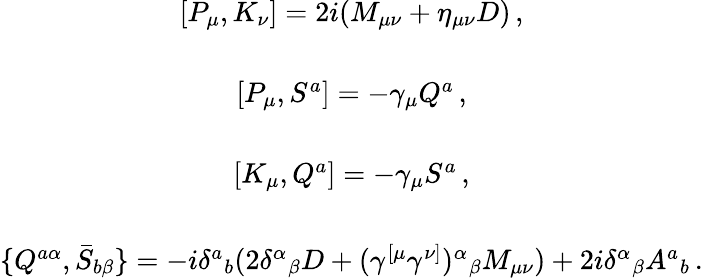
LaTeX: \begin{array}{c}{{{}[P_{\mu},K_{\nu}]=2i(M_{\mu\nu}+\eta_{\mu\nu}D)\, ,}}\\ {{{}}}\\ {{{}[P_{\mu},S^{a}]=-\gamma_{\mu}Q^{a}\, ,}}\\ {{{}}}\\ {{{}[K_{\mu},Q^{a}]=-\gamma_{\mu}S^{a}\, ,}}\\ {{{}}}\\ {{{}\{ Q^{a\alpha},\bar{S}_{b\beta}\} =-i\delta^{a}{}_{b}(2\delta^{\alpha}{}_{\beta}D+(\gamma^{[\mu}\gamma^{\nu]})^{\alpha}{}_{\beta}M_{\mu\nu})+2i\delta^{\alpha}{}_{\beta}A^{a}{}_{b}\, .}}\end{array}